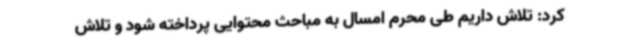
کرد: تلاش داریم طی محرم امسال به مباحث محتوایی پرداخته شود و تلاش